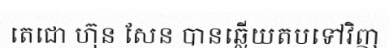
តេជោ ហ៊ុន សែន បានឆ្លើយតបទៅវិញ